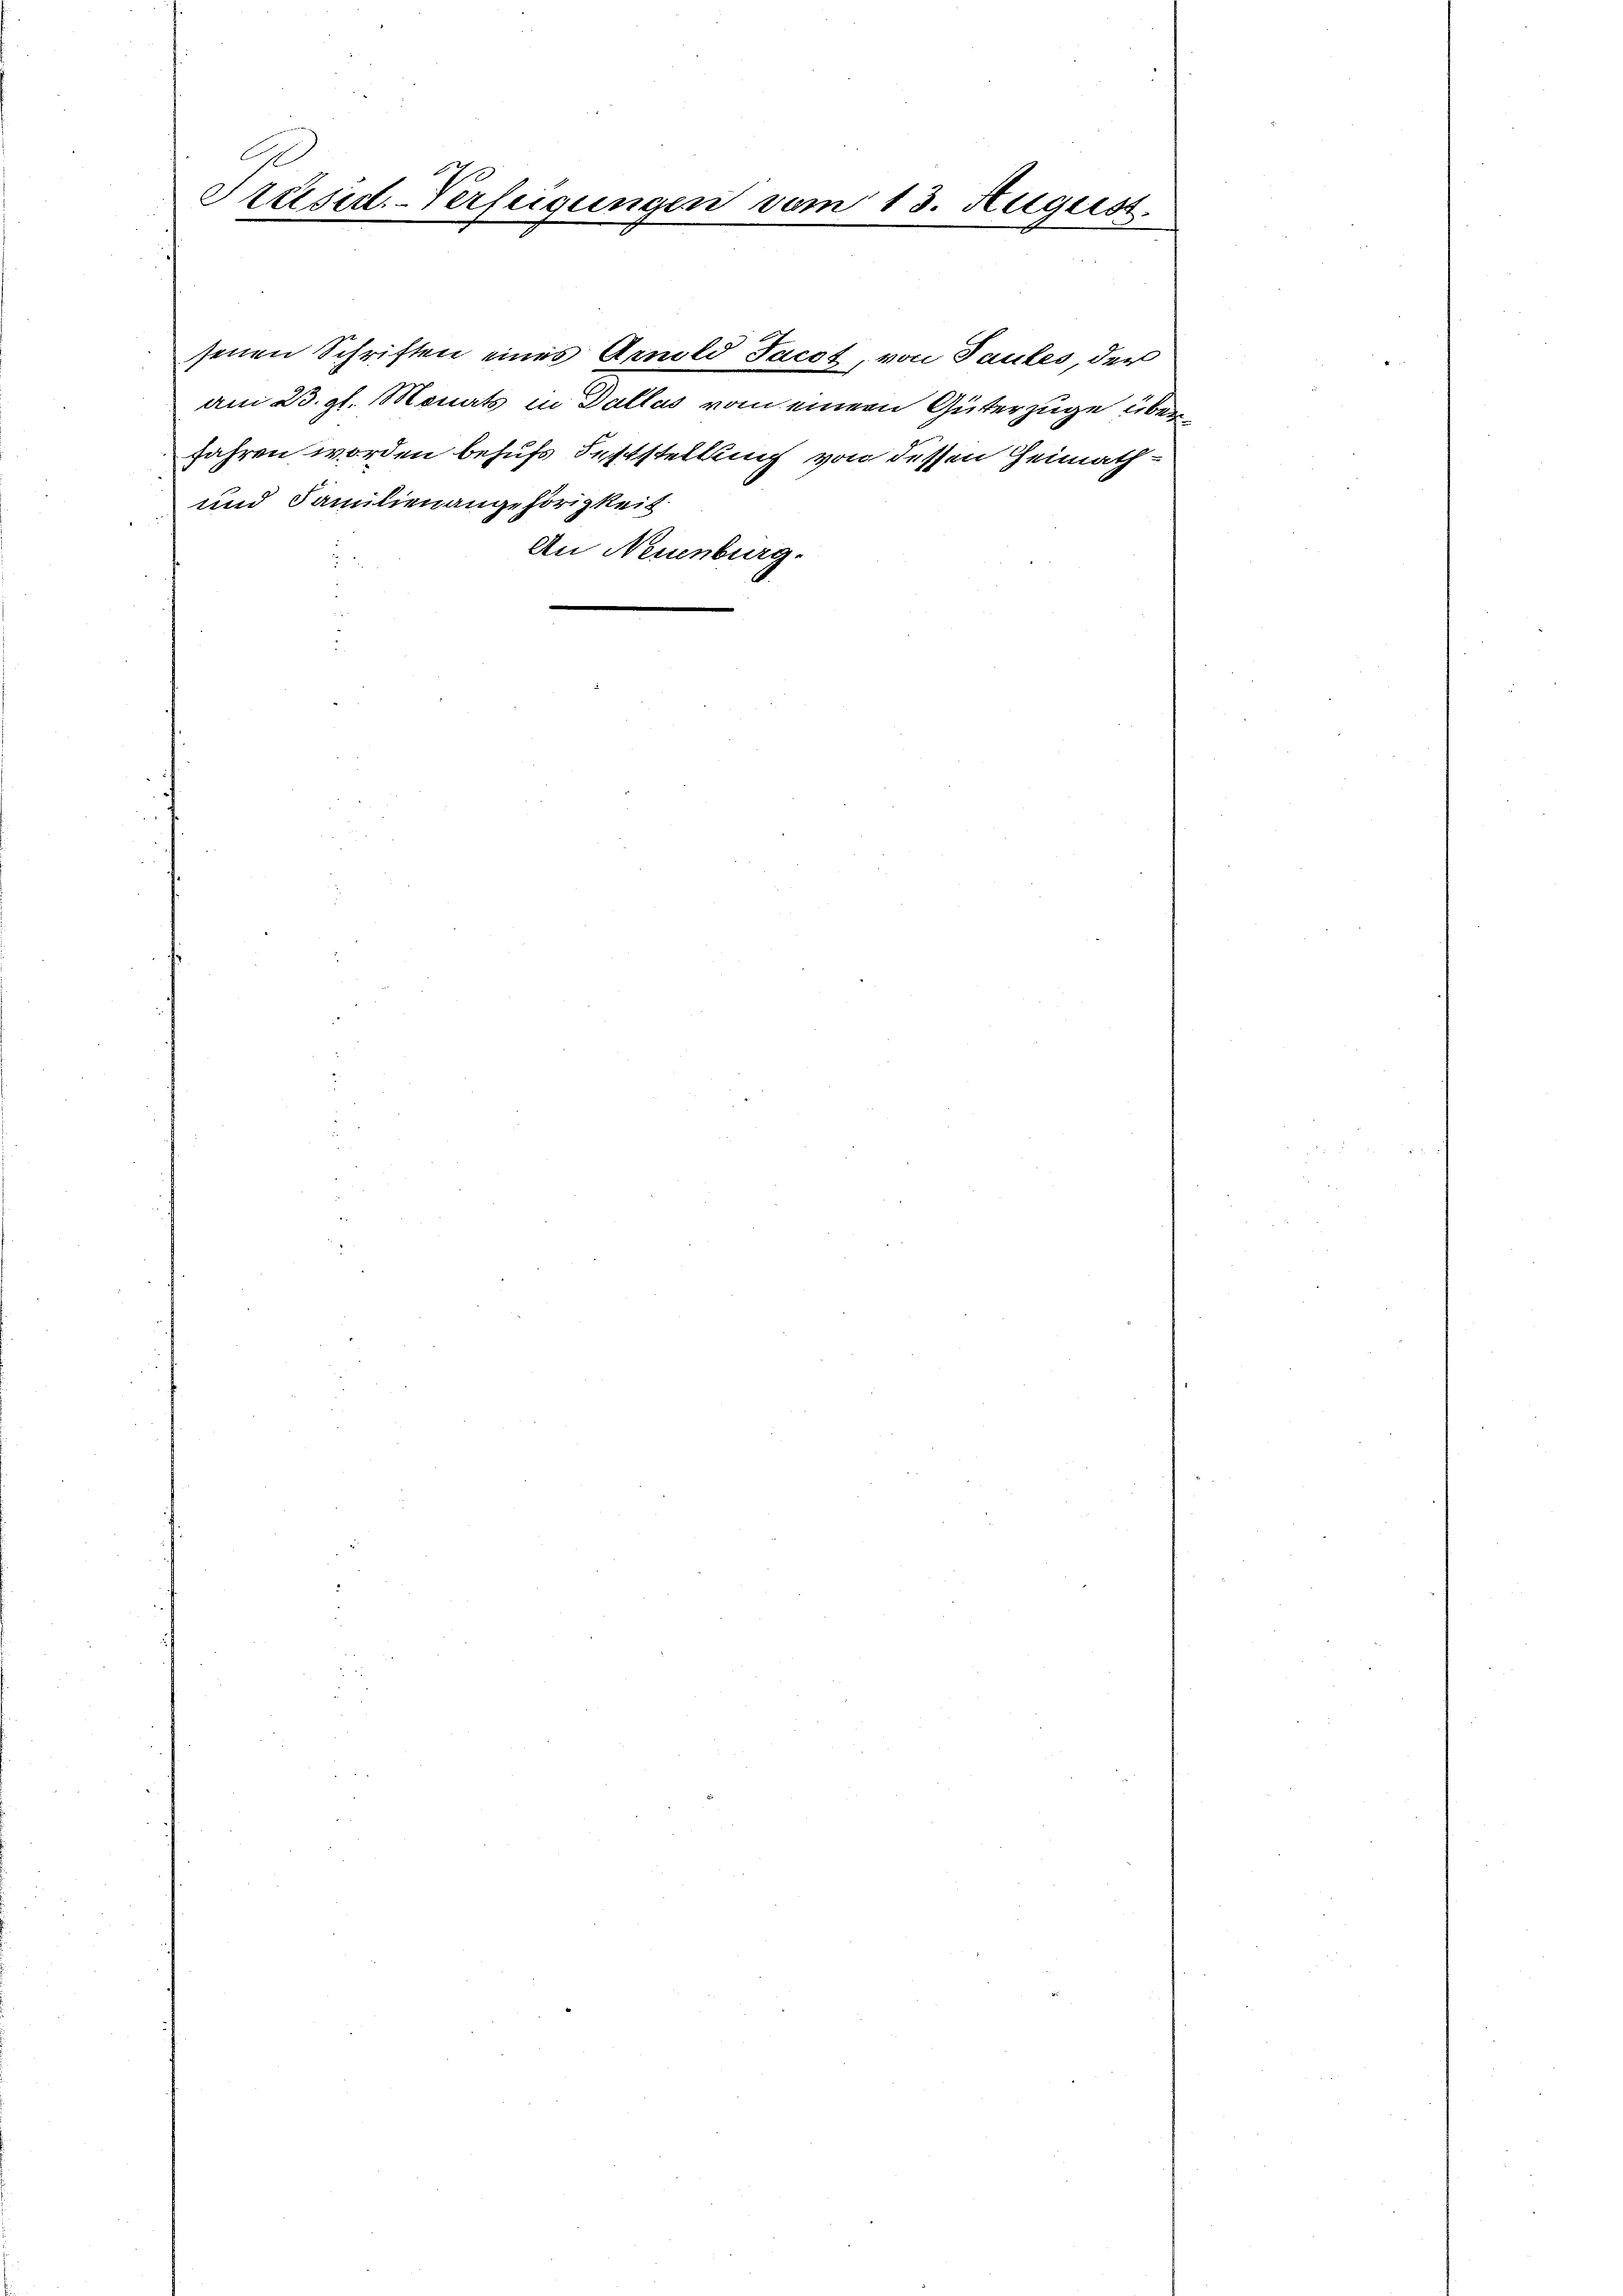
Präsid-Verfügungen vom 13. August.

senen Schriften eines Arnold Jacot von Taubes, der
am 23. gl. Monats in Dallas vom einem Güterzüge überjahren worden behufs Feststellung von dessen Heimath¬
und Familienangehörigkeit.
An Neuenburg.